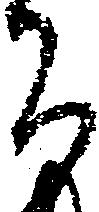
間